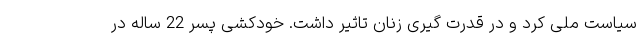
سیاست ملی کرد و در قدرت گیری زنان تاثیر داشت. خودکشی پسر 22 ساله در